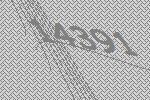
14391